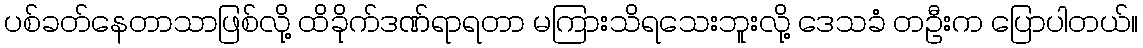
ပစ်ခတ်နေတာသာဖြစ်လို့ ထိခိုက်ဒဏ်ရာရတာ မကြားသိရသေးဘူးလို့ ဒေသခံ တဦးက ပြောပါတယ်။